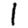
Digit: 1